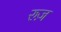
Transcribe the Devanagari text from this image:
रुज़